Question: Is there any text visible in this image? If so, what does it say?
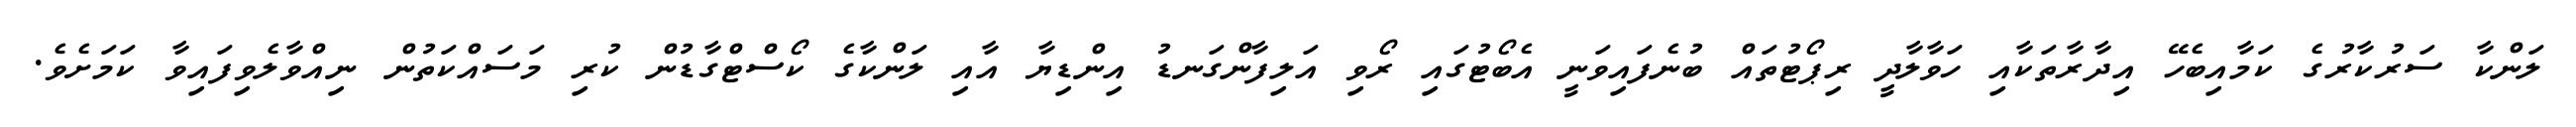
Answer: ލަންކާ ސަރުކާރުގެ ކަމާއިބެހޭ އިދާރާތަކާއި ހަވާލާދީ ރިޕޯޓުތައް ބުނެފައިވަނީ އެބޯޓުގައި ރޯވި އަލިފާންގަނޑު އިންޑިޔާ އާއި ލަންކާގެ ކޯސްޓްގާޑުން ކުރި މަސައްކަތުން ނިއްވާލެވިފައިވާ ކަމަށެވެ.